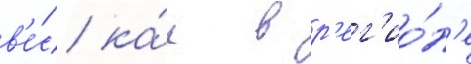
в'е́с ка́к в р'ег'ио́н'е